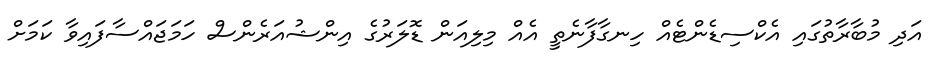
އަދި މުބާރާތުގައި އެކްސިޑެންޓެއް ހިނގާފާނެތީ އެއް މިލިއަން ޑޮލަރުގެ އިންޝުއަރެންސް ހަމަޖައްސާފައިވާ ކަމަށް